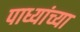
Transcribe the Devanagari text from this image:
पाध्यांच्या